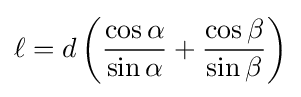
\ell =d\left({\frac {\cos \alpha }{\sin \alpha }}+{\frac {\cos \beta }{\sin \beta }}\right)